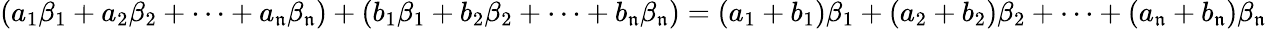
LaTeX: (a_{1}\beta_{1}+a_{2}\beta_{2}+\cdots+a_{\mathfrak{n}}\beta_{\mathfrak{n}})+(b_{1}\beta_{1}+b_{2}\beta_{2}+\cdots+b_{\mathfrak{n}}\beta_{\mathfrak{n}})=(a_{1}+b_{1})\beta_{1}+(a_{2}+b_{2})\beta_{2}+\cdots+(a_{\mathfrak{n}}+b_{\mathfrak{n}})\beta_{\mathfrak{n}}